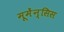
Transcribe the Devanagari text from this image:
मूमेंन्सिस